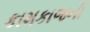
કામકાજની